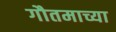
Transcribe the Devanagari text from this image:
गौतमाच्या